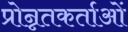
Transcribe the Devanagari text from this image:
प्रोन्नतकर्ताओं